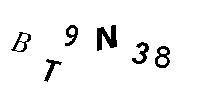
BT9N38